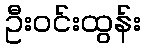
ဦးဝင်းထွန်း